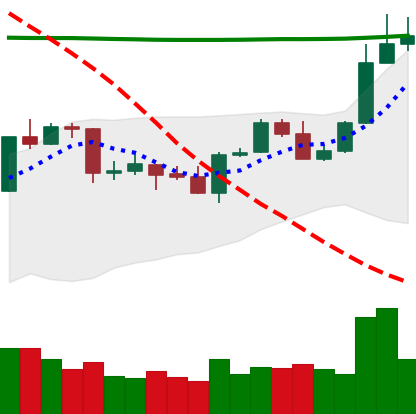
Ticker: ADA-USD
Chart end date: 2020-04-25
Forward return: 12.823%
Label: up_7plus